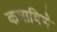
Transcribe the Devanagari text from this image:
कमाविणे